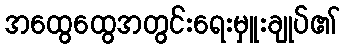
အထွေထွေအတွင်းရေးမှူးချုပ်၏